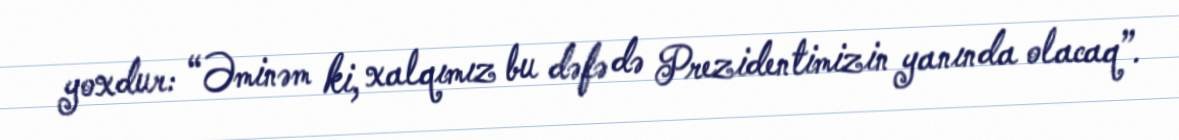
yoxdur: “Əminəm ki, xalqımız bu dəfə də Prezidentimizin yanında olacaq”.